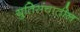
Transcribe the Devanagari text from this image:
युतिसंचातील